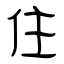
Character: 住